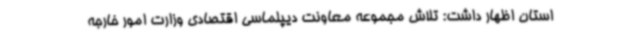
استان اظهار داشت: تلاش مجموعه معاونت دیپلماسی اقتصادی وزارت امور خارجه